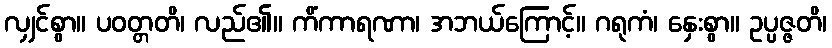
လျှင်စွာ။ ပဝတ္တတိ၊ လည်၏။ ကိံကာရဏာ၊ အဘယ်ကြောင့်။ ဂရုကံ၊ နှေးစွာ။ ဥပ္ပဇ္ဇတိ၊